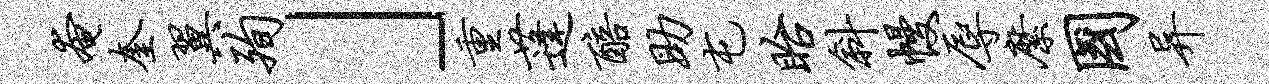
奄奎翼殉」重蓬醅助屯眙斜幔辱縻国异